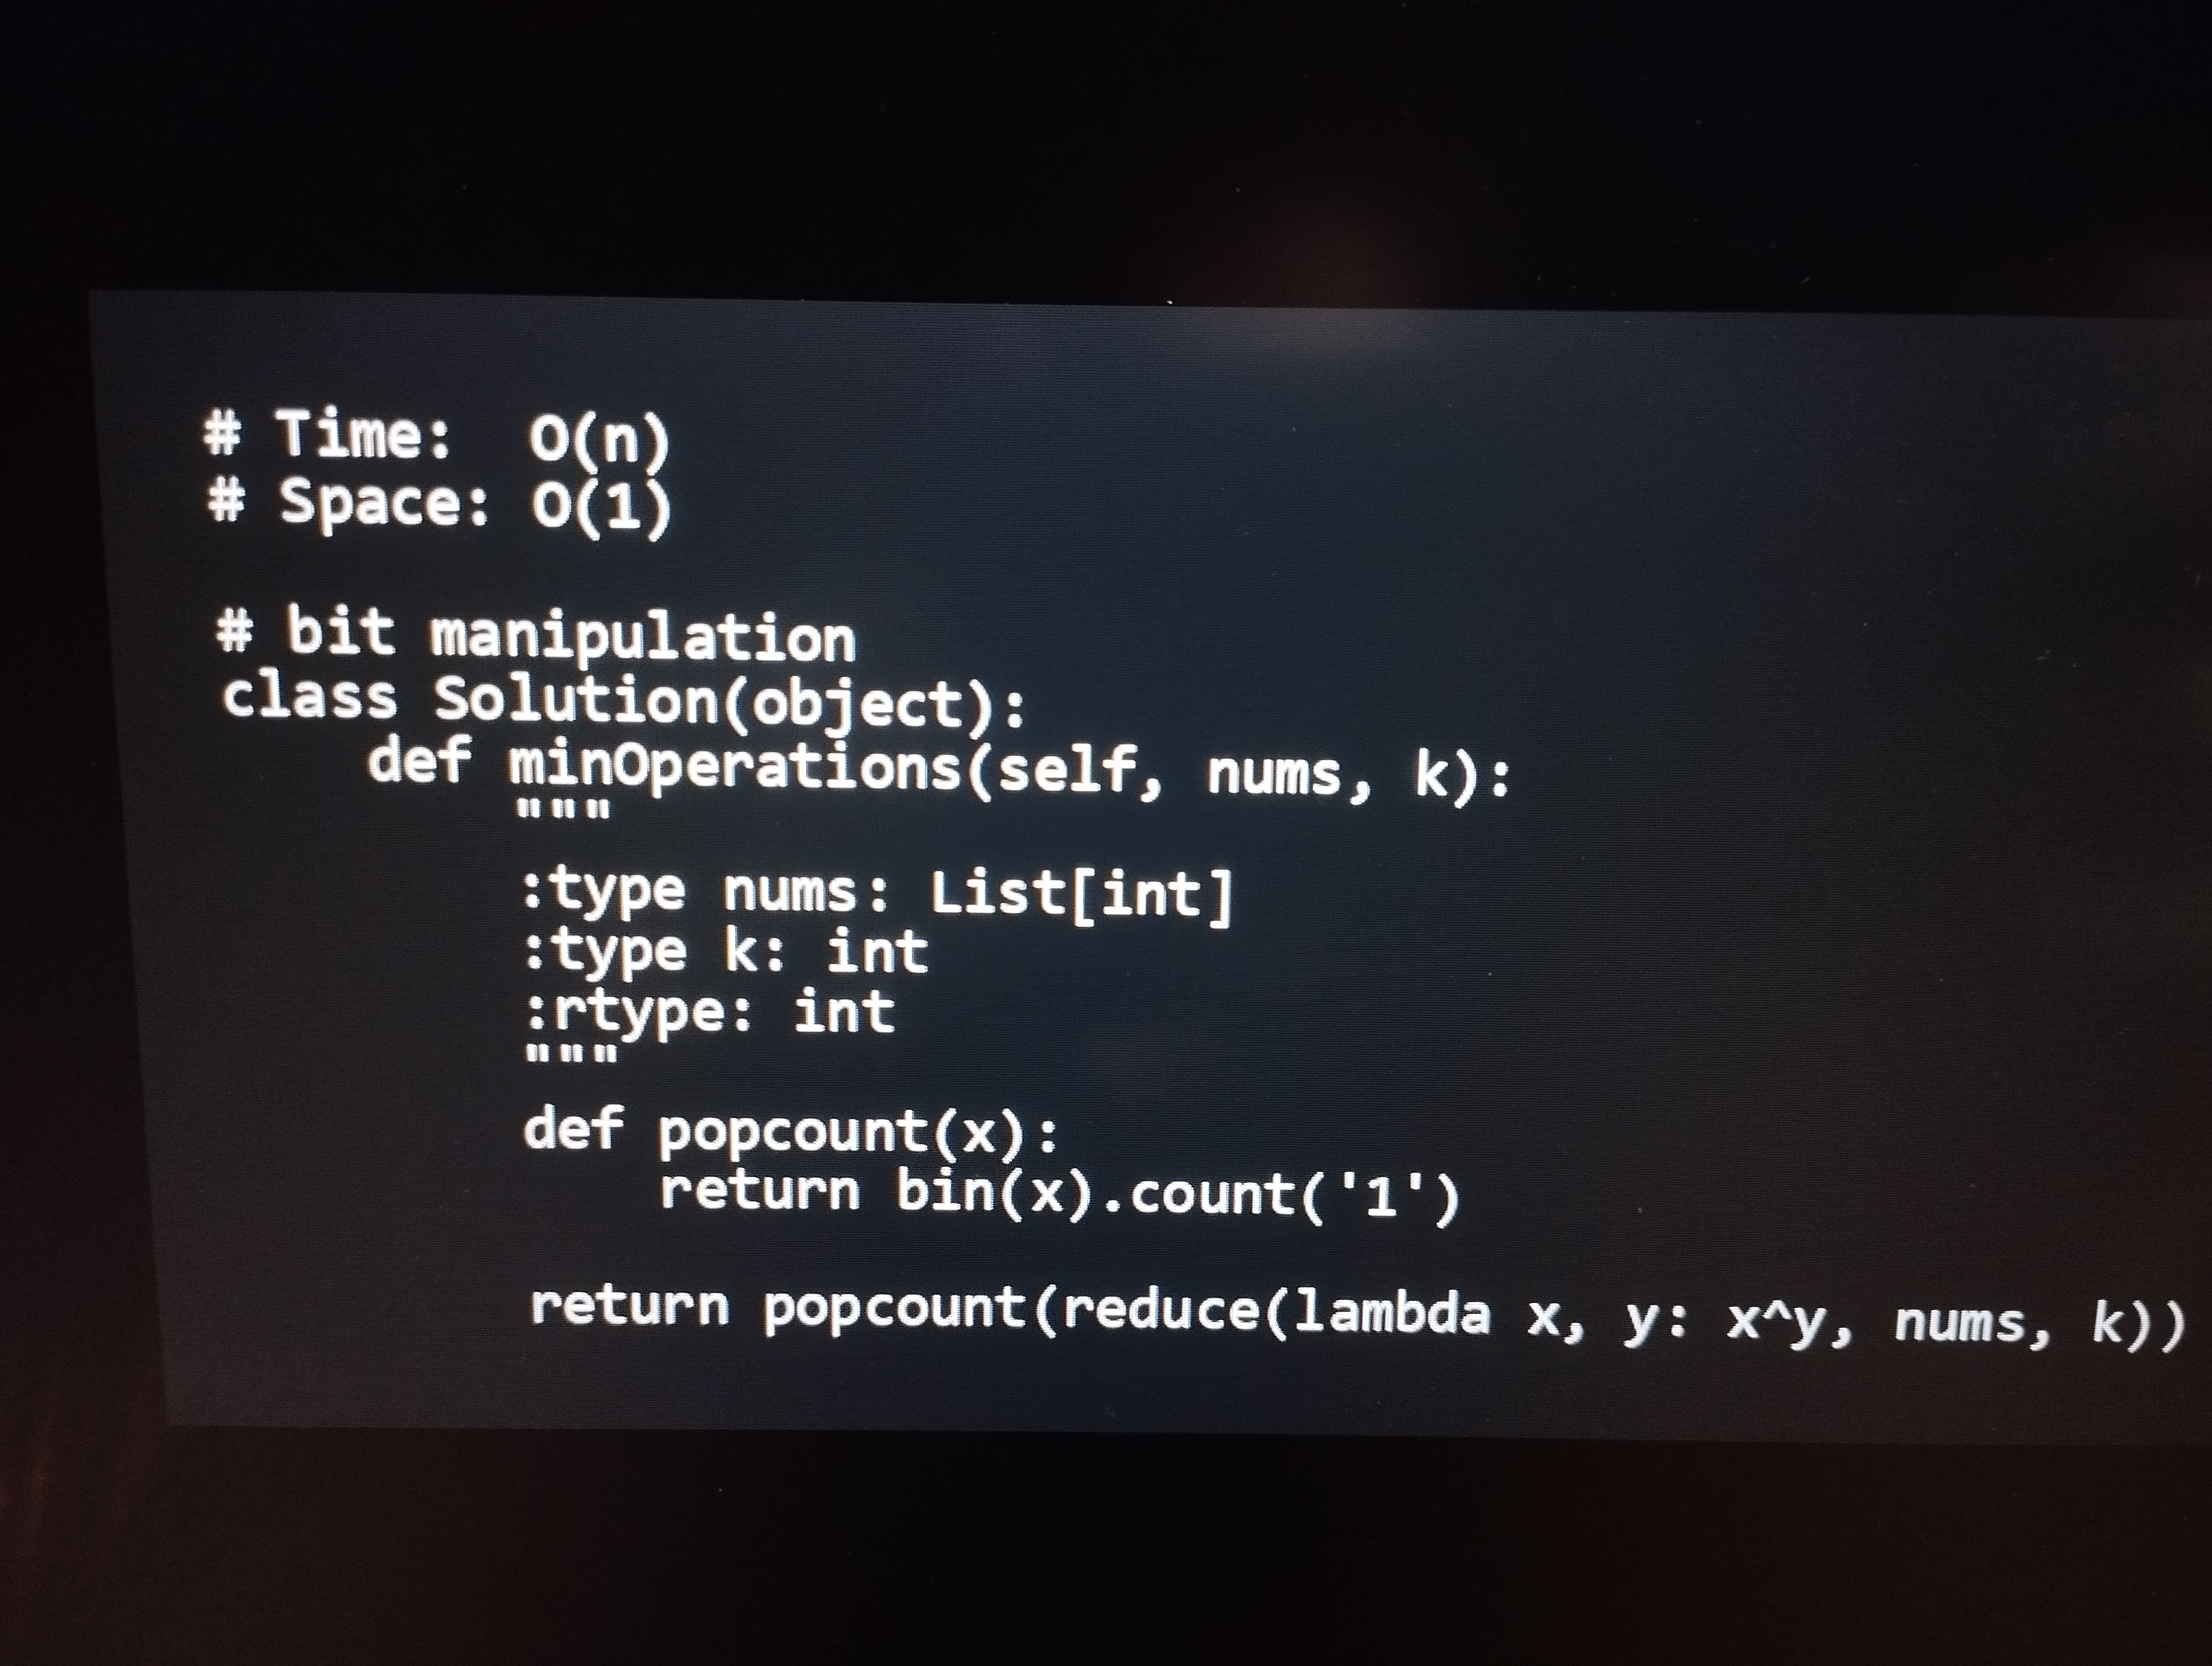
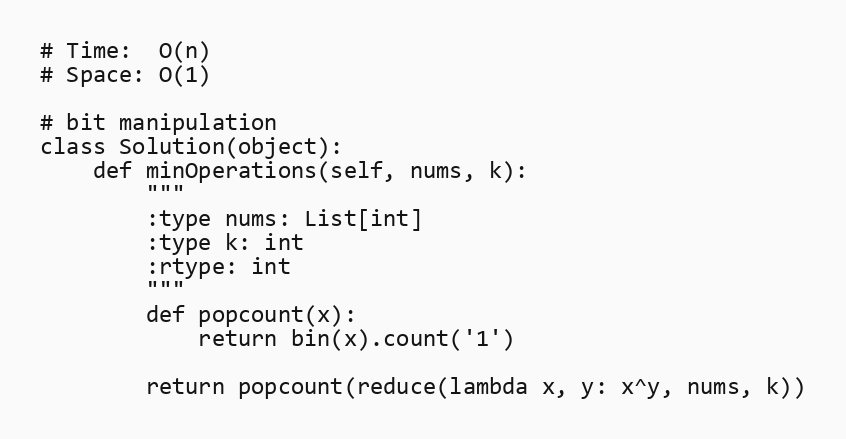
# Time:  O(n)
# Space: O(1)

# bit manipulation
class Solution(object):
    def minOperations(self, nums, k):
        """
        :type nums: List[int]
        :type k: int
        :rtype: int
        """
        def popcount(x):
            return bin(x).count('1')

        return popcount(reduce(lambda x, y: x^y, nums, k))